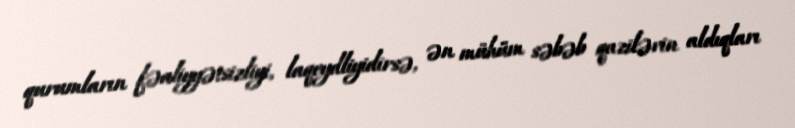
qurumların fəaliyyətsizliyi, laqeydliyidirsə, ən mühüm səbəb qazilərin aldıqları